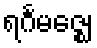
ရင်္ဂမဇ္ဈေ